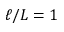
\ell / L = 1